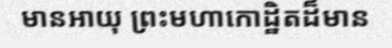
មានអាយុ ព្រះមហាកោដ្ឋិតដ៏មាន